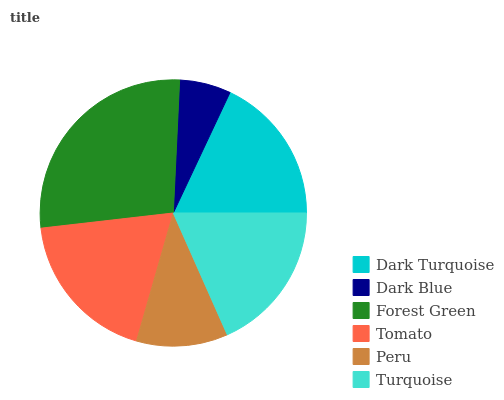
| Dark Turquoise | Dark Blue | Forest Green | Tomato | Peru | Turquoise |
 | --- | --- | --- | --- | --- | --- |
 | 18% | 6.24% | 27.6% | 18.8% | 11.1% | 18.3% |